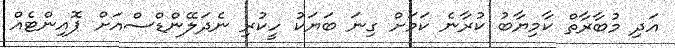
އަދި މުބާރާތް ކާމިޔާބު ކުރާނެ ކަމަށް ގިނަ ބަޔަކު ހީކުރި ނެދަލޭންޑްސްއަށް ޕޮއިންޓެއް